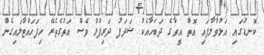
ކޮނޑުގައި އަޅުވާލާފައި އޮތް އީވާގެ ދަބަހާއެކު ޝަދަފު ދަރިފުޅު ވެސް އަތުގެތެރޭ ހިފަހައްޓާލައިގެން